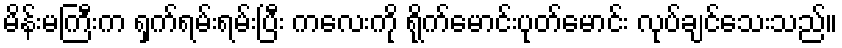
မိန်းမကြီးက ရှက်ရမ်းရမ်းပြီး ကလေးကို ရိုက်မောင်းပုတ်မောင်း လုပ်ချင်သေးသည်။